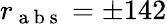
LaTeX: r_{\mathrm{~a~b~s~}}=\pm 142